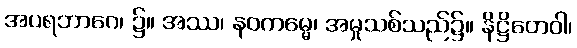
အပရဘာဂေ၊ ၌။ အဿ၊ နဝကမ္မေ၊ အမှုသစ်သည်၌။ နိဋ္ဌိတေဝါ၊